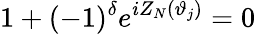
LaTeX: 1+(-1)^{\delta}e^{iZ_{N}(\vartheta_{j})}=0